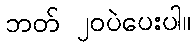
ဘတ် ၂၀ပဲပေးပါ။